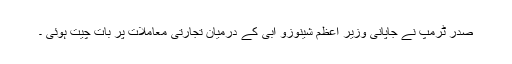
صدر ٹرمپ نے جاپانی وزیر اعظم شینوزو ابی کے درمیان تجارتی معاملات پر بات چیت ہوئی ۔